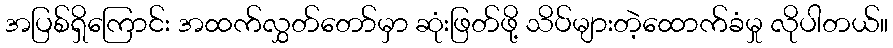
အပြစ်ရှိကြောင်း အထက်လွှတ်တော်မှာ ဆုံးဖြတ်ဖို့ သိပ်များတဲ့ထောက်ခံမှု လိုပါတယ်။